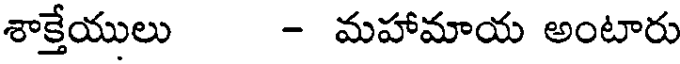
శాక్తేయులు - మహామాయ అంటారు